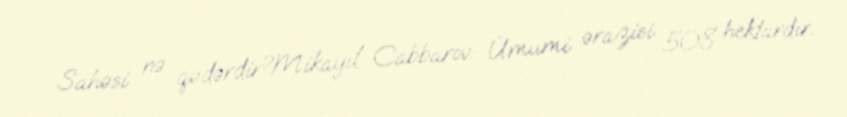
Sahəsi nə qədərdir?Mikayıl Cabbarov: Ümumi ərazisi 508 hektardır.